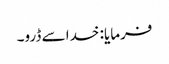
فرمایا: خدا سے ڈرو۔